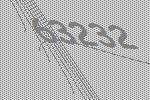
63232